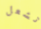
تشعل